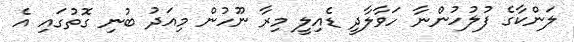
ލަންކާގެ ފުލުހުންނާ ހަވާލާދީ ޑެއިލީ މިރާ ނޫހުން މިއަދު ބުނި ގޮތުގައި އެ